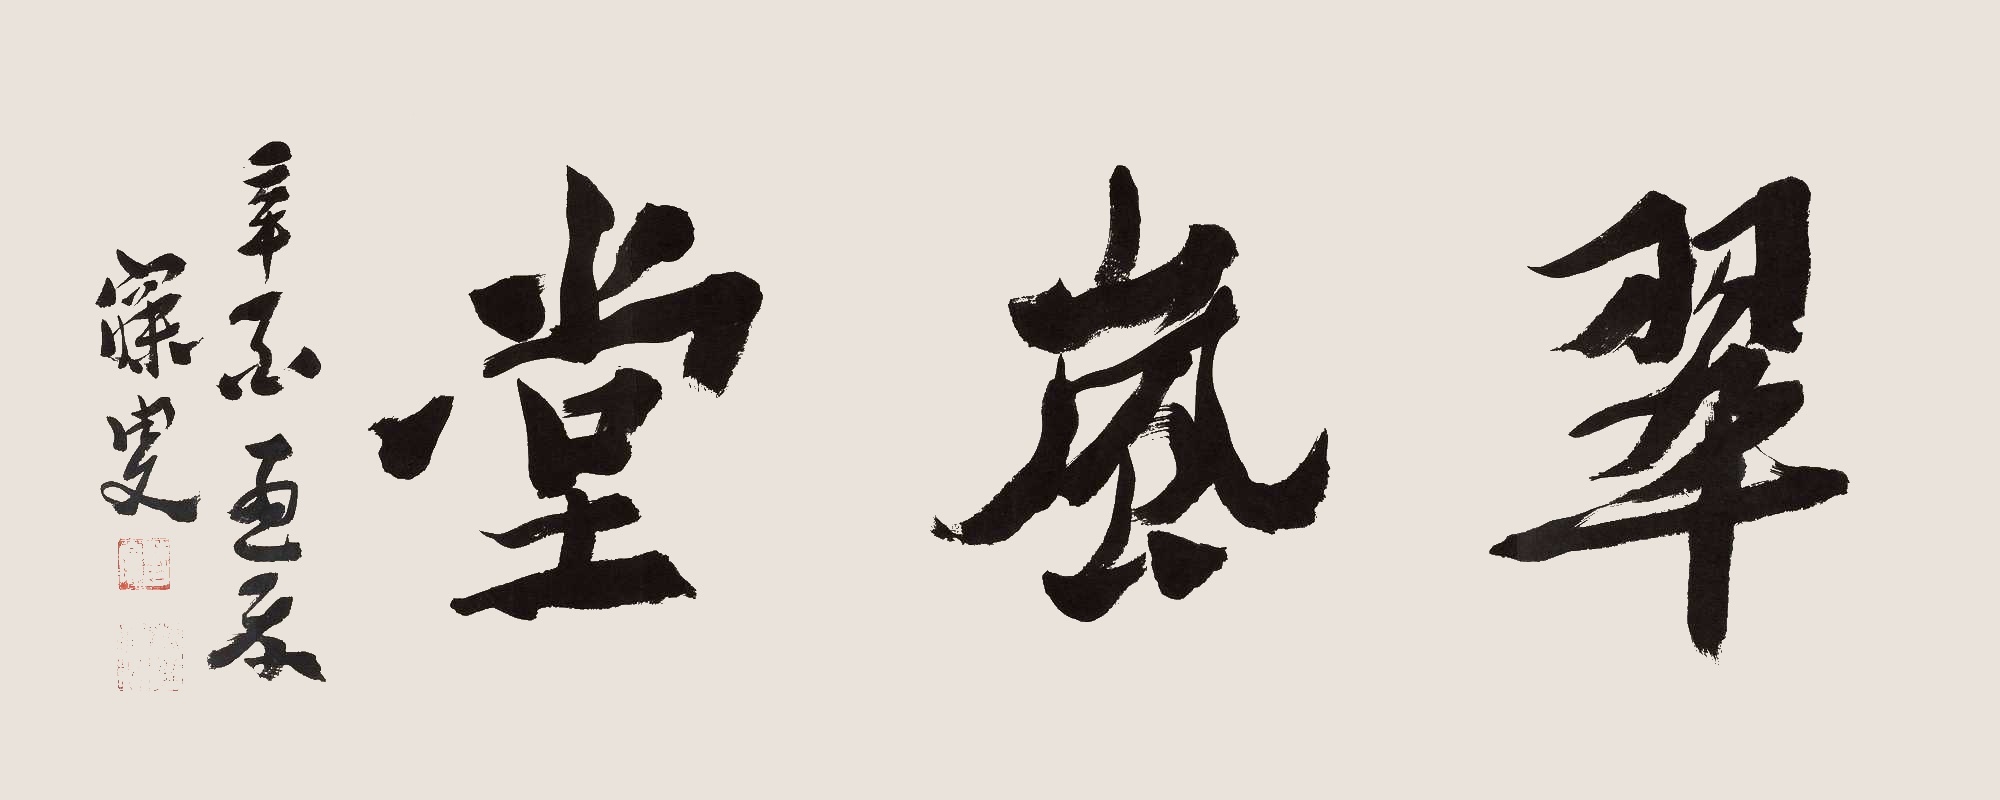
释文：翠岚堂辛酉孟夏，寐叟。